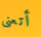
أتعنى